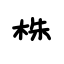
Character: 株